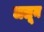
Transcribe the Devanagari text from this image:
जलून